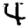
Digit: 4